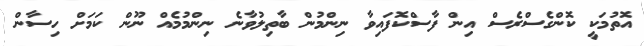
އޮތުމަކީ ކޮންގެސްރެސް އިން ފާސްކޮފައިވާ ނިންމުން ބާތިލުވާނެ ނިންމުމެއް ނޫން ކަމަށް ހިސާން